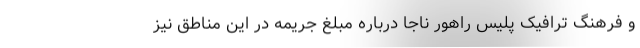
و فرهنگ ترافیک پلیس راهور ناجا درباره مبلغ جریمه در این مناطق نیز